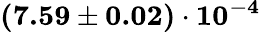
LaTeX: \mathbf{(7.59\pm 0.02)\cdot 10^{-4}}